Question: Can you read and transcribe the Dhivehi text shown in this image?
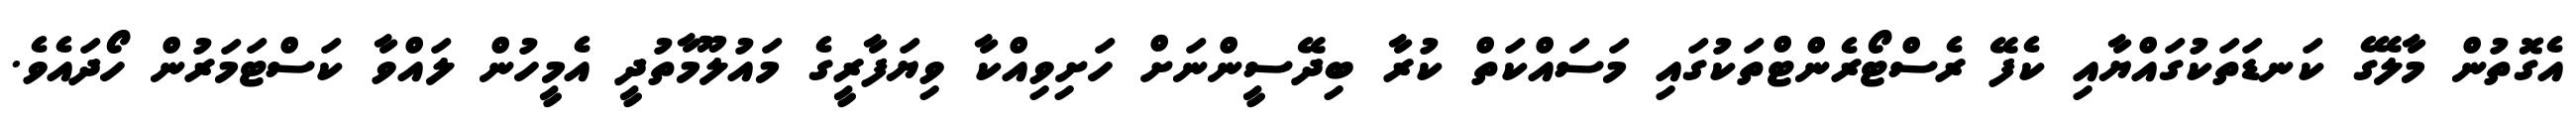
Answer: އެގޮތުން މާލޭގެ ކަނޑަތަކުގައްޔާއި ކެފޭ ރެސްޓޯރެންޓްތަކުގައި މަސައްކަތް ކުރާ ބިދޭސީންނަށް ހަށިވިއްކާ ވިޔަފާރީގެ މައުލޫމާތުދީ އެމީހުން ލައްވާ ކަސްޓަމަރުން ހޯދައެވެ.